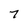
Character: 7